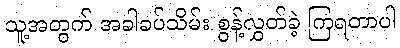
သူ့အတွက် အခါခပ်သိမ်း စွန့်လွှတ်ခဲ့ ကြရတာပါ